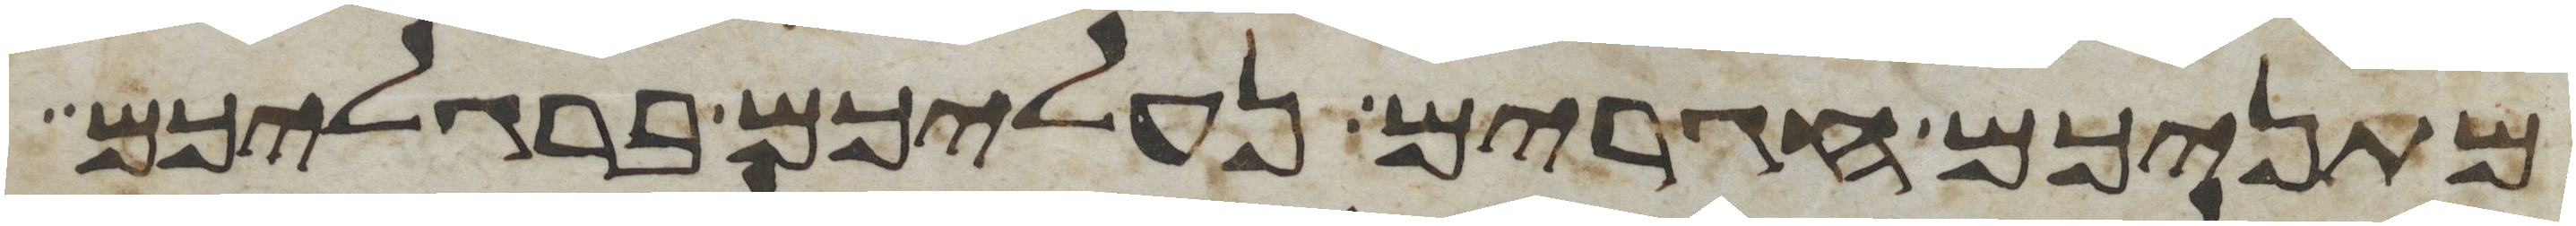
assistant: מתניכם חגרים נעליכם ברגליכם